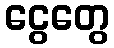
ငွေတွေ